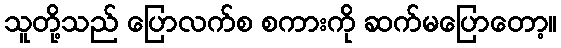
သူတို့သည် ပြောလက်စ စကားကို ဆက်မပြောတော့။